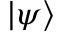
| \psi \rangle